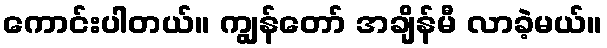
ကောင်းပါတယ်။ ကျွန်တော် အချိန်မီ လာခဲ့မယ်။